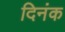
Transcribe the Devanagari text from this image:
दिनंक